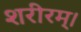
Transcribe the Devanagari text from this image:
शरीरम्।